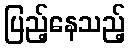
ပြည့်နေသည့်